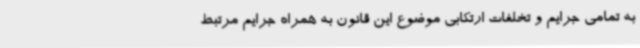
به تمامی جرایم و تخلفات ارتکابی موضوع این قانون به همراه جرایم مرتبط